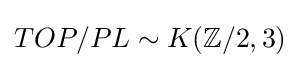
TOP/PL\sim K(\mathbb {Z} /2,3)